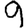
Digit: 9